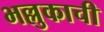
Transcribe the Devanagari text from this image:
भल्लुकाची